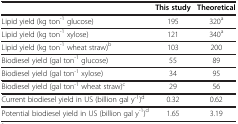
<table><thead><tr><td><b> </b></td><td><b>This study</b></td><td><b>Theoretical</b></td></tr></thead><tbody><tr><td>Lipid yield (kg ton<sup>-1</sup> glucose)</td><td>195</td><td>320<sup>a</sup></td></tr><tr><td>Lipid yield (kg ton<sup>-1</sup> xylose)</td><td>121</td><td>340<sup>a</sup></td></tr><tr><td>Lipid yield (kg ton<sup>-1</sup> wheat straw)<sup>b</sup></td><td>103</td><td>200</td></tr><tr><td>Biodiesel yield (gal ton<sup>-1</sup> glucose)</td><td>55</td><td>89</td></tr><tr><td>Biodiesel yield (gal ton<sup>-1</sup> xylose)</td><td>34</td><td>95</td></tr><tr><td>Biodiesel yield (gal ton<sup>-1</sup> wheat straw)<sup>c</sup></td><td>29</td><td>56</td></tr><tr><td>Current biodiesel yield in US (billion gal y<sup>-1</sup>)<sup>d</sup></td><td>0.32</td><td>0.62</td></tr><tr><td>Potential biodiesel yield in US (billion gal y<sup>-1</sup>)<sup>d</sup></td><td>1.65</td><td>3.19</td></tr></tbody></table>